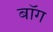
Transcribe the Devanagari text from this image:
बॉग